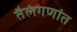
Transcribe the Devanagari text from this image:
तैलंगणांत